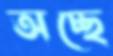
অচ্ছে